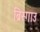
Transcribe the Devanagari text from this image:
ब्रिस्गाउ